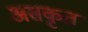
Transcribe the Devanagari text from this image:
असकृत